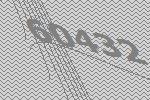
60432